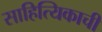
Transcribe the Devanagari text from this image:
साहित्यिकाची